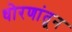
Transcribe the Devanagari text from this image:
धोरणांतून